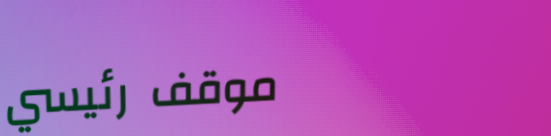
موقف رئيسي